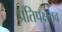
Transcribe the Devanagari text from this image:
प्रतिपक्षतव